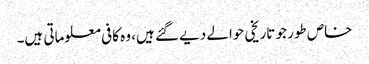
خاص طور جو تاریخی حوالے دیے گئے ہیں، وہ کافی معلوماتی ہیں۔